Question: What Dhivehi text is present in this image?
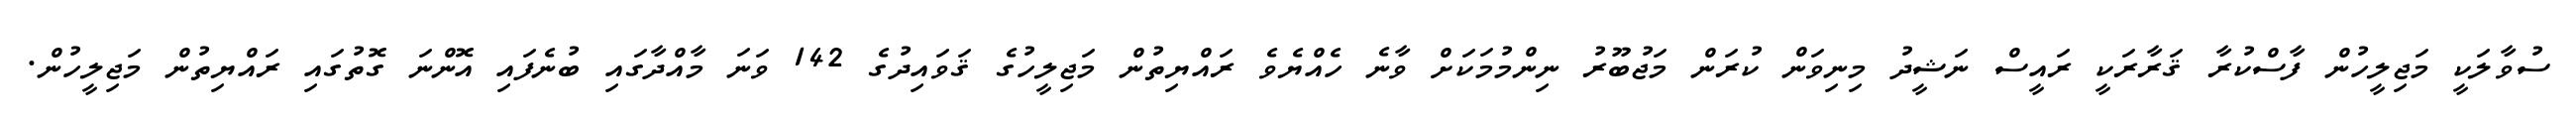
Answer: ސުވާލަކީ މަޖިލީހުން ފާސްކުރާ ޤަރާރަކީ ރައީސް ނަޝީދު މިނިވަން ކުރަން މަޖުބޫރު ނިންމުމަކަށް ވާނެ ހެއްޔެވެ ރައްޔިތުން މަޖިލީހުގެ ޤަވައިދުގެ 142 ވަނަ މާއްދާގައި ބުނެފައި އޮންނަ ގޮތުގައި ރައްޔިތުން މަޖިލީހުން.